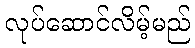
လုပ်ဆောင်လိမ့်မည်